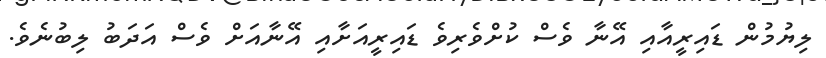
ލިޔުމުން ޑައިރީއާއި އޭނާ ވެސް ކުށްވެރިވެ ޑައިރީއަށާއި އޭނާއަށް ވެސް އަދަބު ލިބުނެވެ.